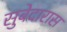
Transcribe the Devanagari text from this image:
सुबेदारास